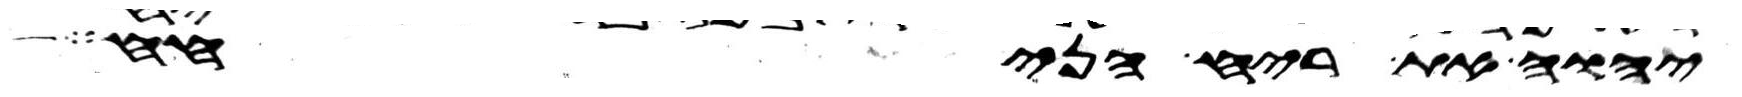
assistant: יהוה את ריח הניחח